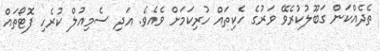
ތެދެއްކަން ގަބޫލުކުރެވޭ ވަރުގެ ހެކިތައް ހުރިކަމަށް ވެއެވެ. އަދި ސެމިއުލް ކުރެހި ފޮޓޯތައް